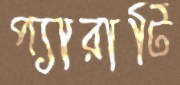
প্যারাটি